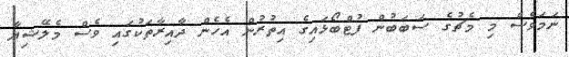
ނަމަވެސް މި މެޗުގެ ސަބަބުން ފުޓްބޯޅައިގެ އިތުރުން އެހެން ދާއިރާތަކުގައި ވެސް މެލޭޝިޔާ